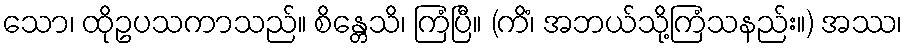
သော၊ ထိုဥပသကာသည်။ စိန္တေသိ၊ ကြံပြီ။ (ကိံ၊ အဘယ်သို့ကြံသနည်း။) အဿ၊